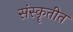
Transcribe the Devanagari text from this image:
संस्कॄतीत